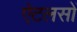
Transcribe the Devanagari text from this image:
ऐटलसों